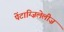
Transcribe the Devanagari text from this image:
पेंटाग्ज़िलेलीज़